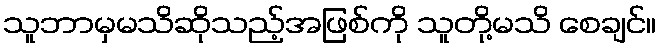
သူဘာမှမသိဆိုသည့်အဖြစ်ကို သူတို့မသိ စေချင်။